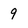
Character: q